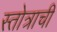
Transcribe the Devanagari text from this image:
स्तोत्राची